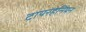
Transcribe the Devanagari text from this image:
टायरहेनियन